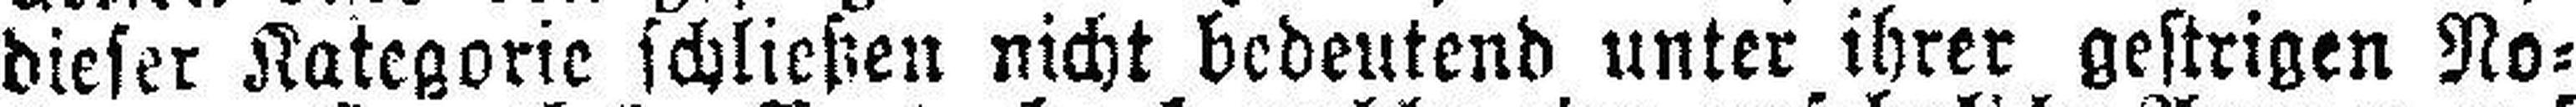
dieser Kategorie schließen nicht bedeutend unter ihrer gestrigen No¬